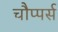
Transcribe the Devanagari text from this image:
चौप्पर्स